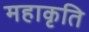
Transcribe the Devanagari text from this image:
महाकृति